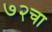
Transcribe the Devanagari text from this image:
७२चा